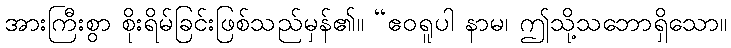
အားကြီးစွာ စိုးရိမ်ခြင်းဖြစ်သည်မှန်၏။ “ဧဝရူပါ နာမ၊ ဤသို့သဘောရှိသော။